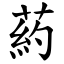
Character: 葯